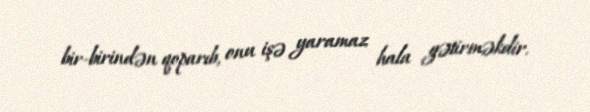
bir-birindən qoparıb, onu işə yaramaz hala gətirməkdir.